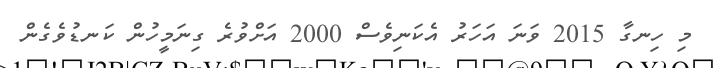
މި ހިނގާ 2015 ވަނަ އަހަރު އެކަނިވެސް 2000 އަށްވުރެ ގިނަމީހުން ކަނޑުވެގެން